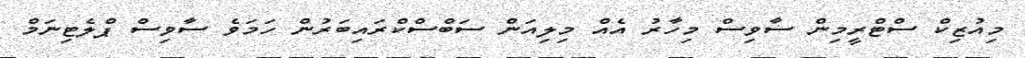
މިއުޒިކް ސްޓްރީމިން ސާވިސް މިހާރު އެއް މިލިއަން ސަބްސްކްރައިބަރުން ހަމަވެ ސާވިސް ޕްލެޓިނަމް